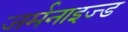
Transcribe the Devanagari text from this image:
जर्मनाइज्ड